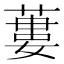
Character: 蔞